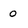
Character: 0